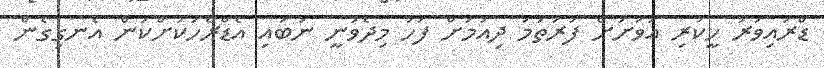
ޑްރައިވަރު ހީކުރި އަވަށަށް ފުރަތަމަ ދިއުމަށް ފަހު މިދެވުނީ ނުބައި އެޑްރެހަކަށްކަން އެނގިގެން